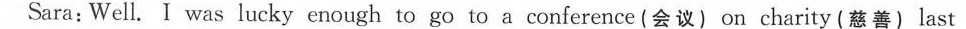
Sara：Well.I was lucky enough to go to a conference(会议) on charity(慈善) last